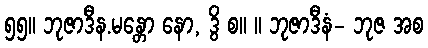
၅၅။ ဘုဇာဒီန.မန္တော နော, ဒွိ စ။ ။ ဘုဇာဒီနံ- ဘုဇ အစ